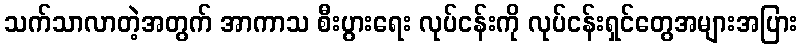
သက်သာလာတဲ့အတွက် အာကာသ စီးပွားရေး လုပ်ငန်းကို လုပ်ငန်းရှင်တွေအများအပြား